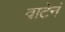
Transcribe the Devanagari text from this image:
वाटेनं